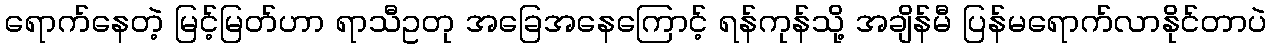
ရောက်နေတဲ့ မြင့်မြတ်ဟာ ရာသီဥတု အခြေအနေကြောင့် ရန်ကုန်သို့ အချိန်မီ ပြန်မရောက်လာနိုင်တာပဲ